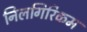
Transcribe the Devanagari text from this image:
निलगिरिकम